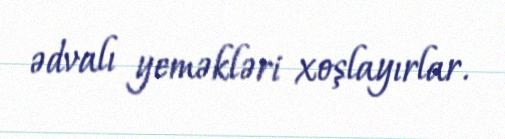
ədvalı yeməkləri xoşlayırlar.